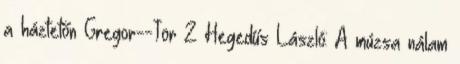
a háztetőn Gregor--Tör 2 Hegedűs László: A múzsa nálam